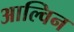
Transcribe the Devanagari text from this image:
आल्विन